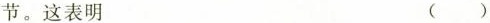
节。这表明 ()